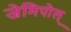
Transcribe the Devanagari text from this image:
जेमिपोल्